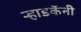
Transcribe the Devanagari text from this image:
ऱ्हाडकॅनी